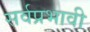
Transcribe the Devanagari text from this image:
सर्वप्रभावी